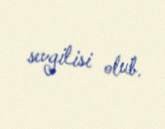
sevgilisi olub.